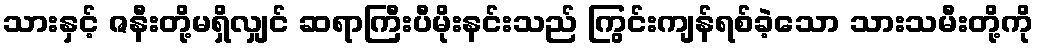
သားနှင့် ဇနီးတို့မရှိလျှင် ဆရာကြီးပီမိုးနင်းသည် ကြွင်းကျန်ရစ်ခဲ့သော သားသမီးတို့ကို